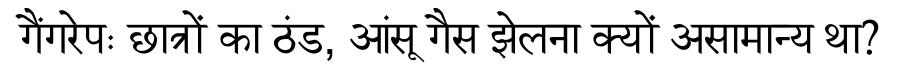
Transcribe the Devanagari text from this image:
गैंगरेपः छात्रों का ठंड, आंसू गैस झेलना क्यों असामान्य था?